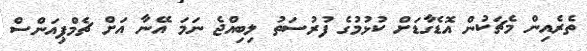
ތެރެއިން މެޗަކުން އޮޑެގާޑަށް ކުޅުމުގެ ފުރުސަތު ލިބިއްޖެ ނަމަ އޭނާ އަށް ޗެމްޕިއަންސް